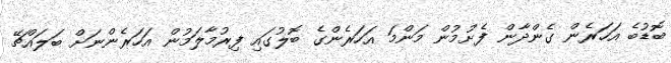
ބޮޑުބެ އަހަރެން ގެންދާން ފެށުމުން މަންމަ އަހަރެންގެ ބޮލުގައި ފިރުމާލަމުން އަހަރެންނަށް ބަލައްޗޭ